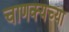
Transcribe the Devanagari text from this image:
चाणक्यच्या